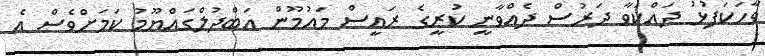
ވާހަކަފުޅު ދައްކަވާ ދަރުސް ދެއްވާނީ ކުރީގެ ރައީސް މައުމޫން އަބްދުލްގައްޔޫމު ކަމަށްވެސް އެ